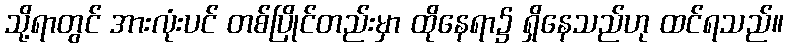
သို့ရာတွင် အားလုံးပင် တစ်ပြိုင်တည်းမှာ ထိုနေရာ၌ ရှိနေသည်ဟု ထင်ရသည်။